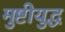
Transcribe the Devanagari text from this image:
मुष्टीयुद्ध